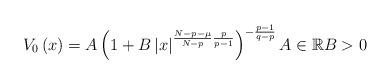
LaTeX: \begin{align*}V_{0}\left( x\right) =A\left( 1+B\left\vert x\right\vert ^{\frac{N-p-\mu}{N-p}\frac{p}{p-1}}\right) ^{-\frac{p-1}{q-p}}A\in\mathbb{R}B>0\end{align*}